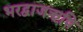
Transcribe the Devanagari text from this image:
भरद्वाजऋषि